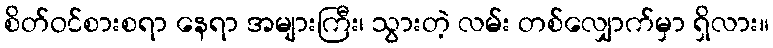
စိတ်ဝင်စားစရာ နေရာ အများကြီး၊ သွားတဲ့ လမ်း တစ်လျှောက်မှာ ရှိလား။